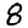
Digit: 8